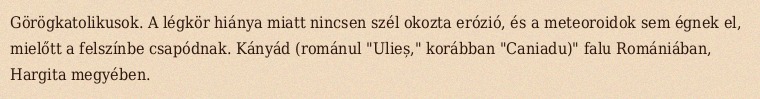
Görögkatolikusok. A légkör hiánya miatt nincsen szél okozta erózió, és a meteoroidok sem égnek el, mielőtt a felszínbe csapódnak. Kányád (románul "Ulieș," korábban "Caniadu)" falu Romániában, Hargita megyében.